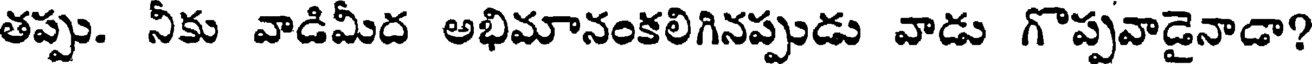
తప్పు. నీకు వాడిమీద అభిమానంకలిగినప్పుడు వాడు గొప్పవాడైనాడా?